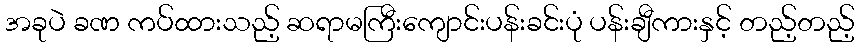
အခုပဲ ခဏ ကပ်ထားသည့် ဆရာမကြီးကျောင်းပန်းခင်းပုံ ပန်းချီကားနှင့် တည့်တည့်